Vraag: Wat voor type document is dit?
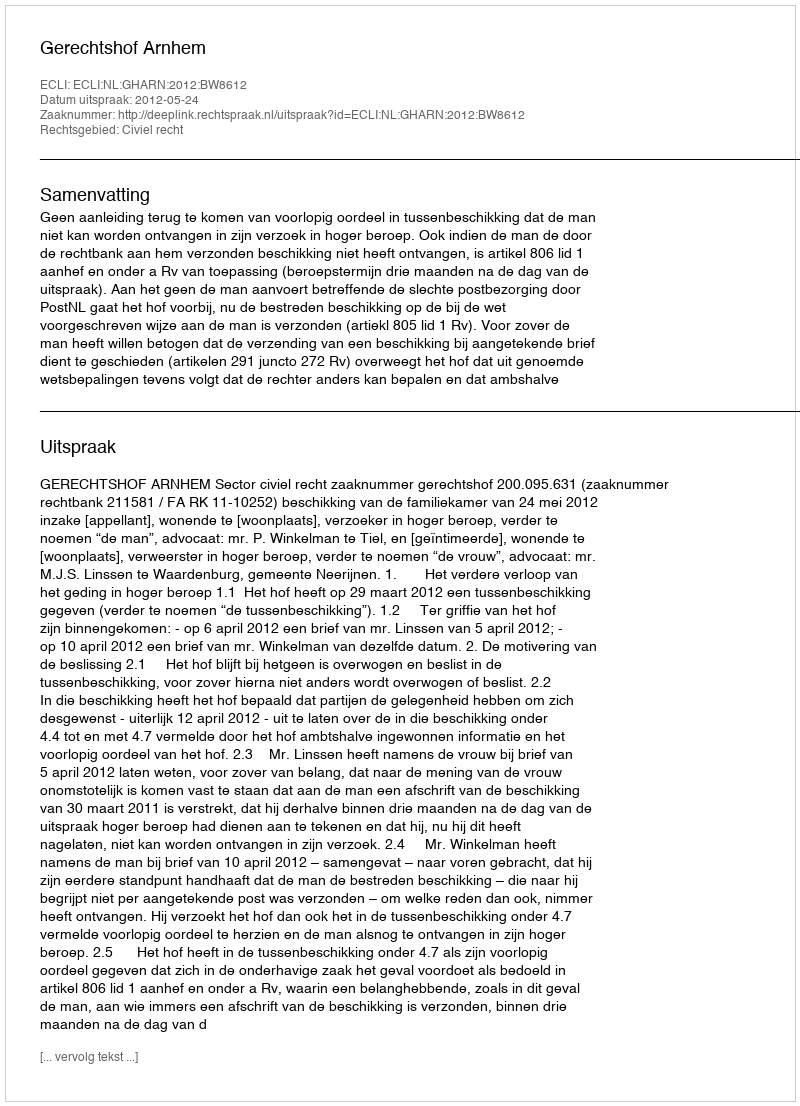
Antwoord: Uitspraak